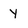
Character: y